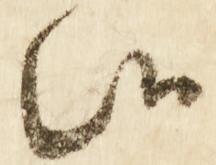
候